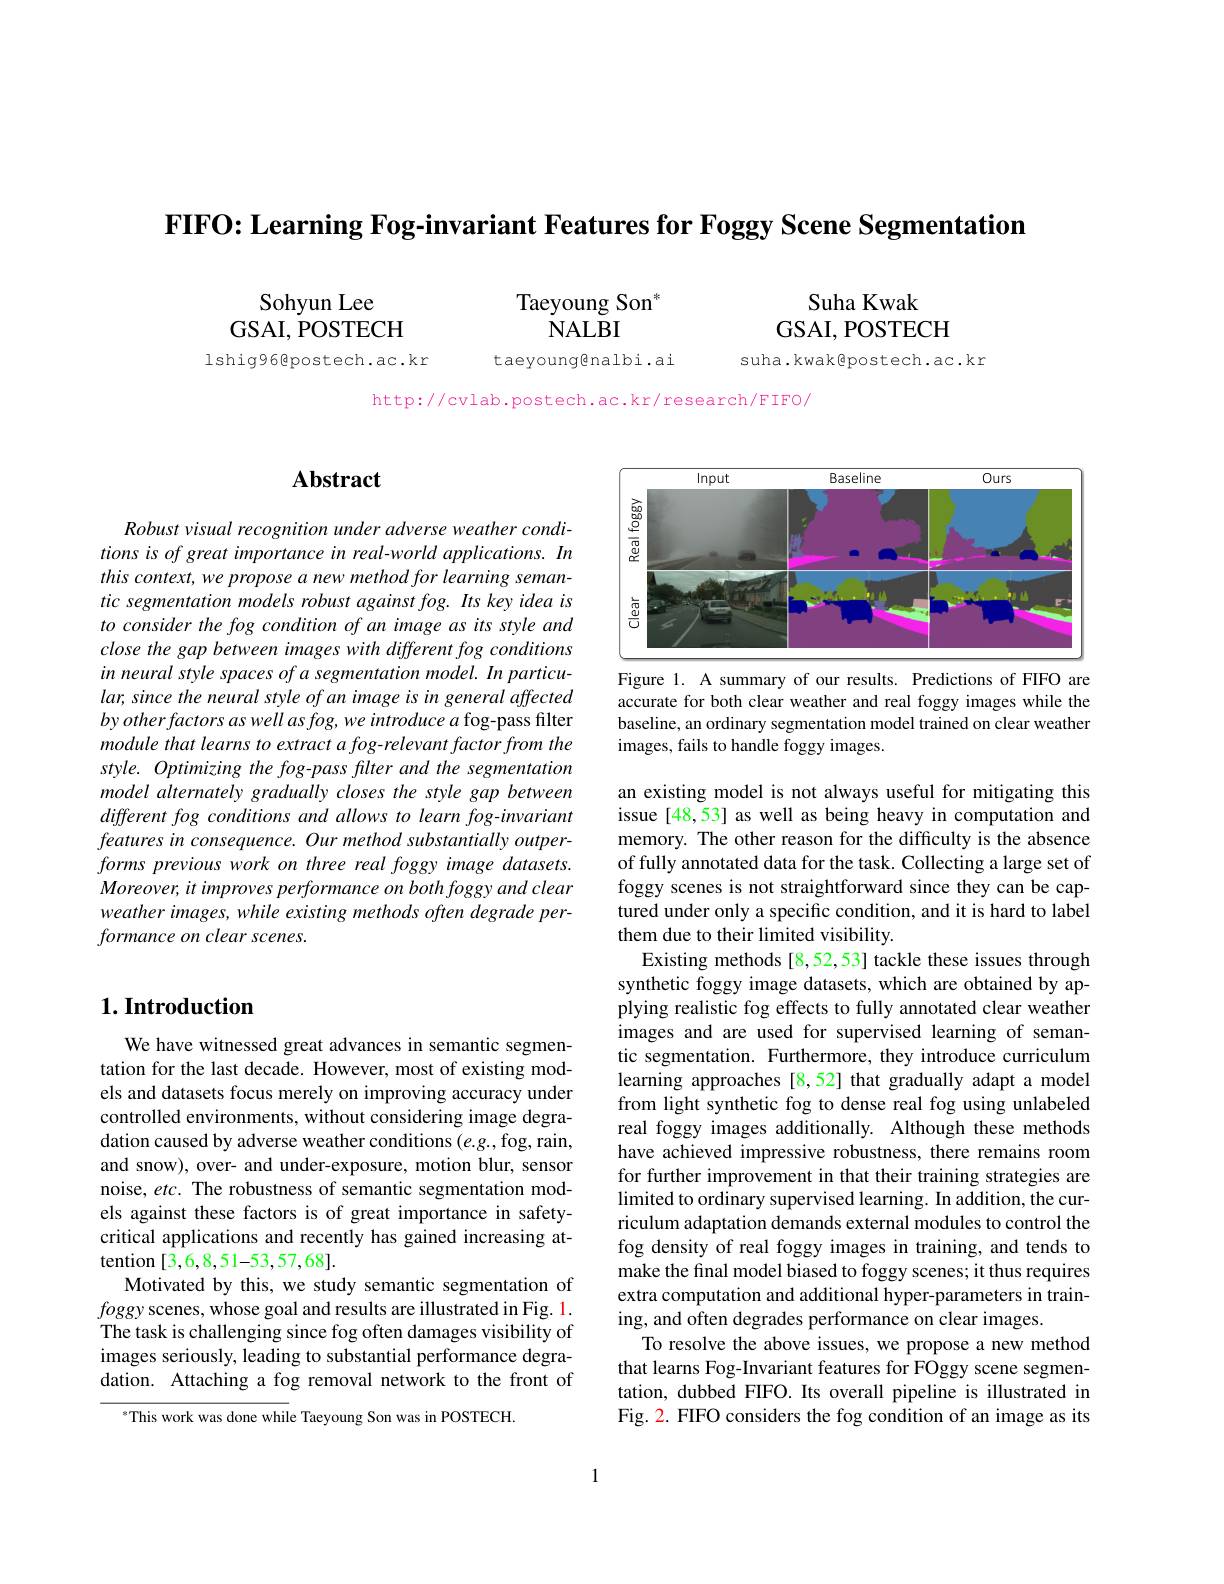
$\textbf{FIFO: Learning Fog- invariant Features for Foggy Scene Segmentation}$

Taeyoung Son$^*$
NALBI

Sohyun Lee
$GSAI,\tilde{P}OSTECH$

Suha Kwak
GSAI, POSTECH

lshig96@postech.ac.kr

taeyoung@nalbi.ai

suha.kwak@postech.ac.kr

http://cvlab.postech.ac.kr/research/FIFO/

## $\mathbf{Abstract}$

Robust visual recognition under adverse weather conditions is of great importance in real-world applications. In this context, we propose a new method for learning semantic segmentation models robust against fog. Its key idea is to consider the fog condition of an image as its style and close the gap between images with different fog conditions in neural style spaces of a segmentation model. In particular, since the neural style of an image is in general affected by other factors as well as fog, we introduce a fog-pass filter module that learns to extract a fog-relevant factor from the style. Optimizing the fog-pass filter and the segmentation model alternately gradually closes the style gap between different fog conditions and allows to learn fog-invariant features in consequence. Our method substantially outperforms previous work on three real foggy image datasets. Moreover, it improves performance on both foggy and clear weather images, while existing methods often degrade performance on clear scenes.

## $1. \textbf{Introduction}$

We have witnessed great advances in semantic segmentation for the last decade. However, most of existing models and datasets focus merely on improving accuracy under controlled environments, without considering image degradation caused by adverse weather conditions $( e. g. $,fog,rain, and snow), over- and under-exposure, motion blur, sensor noise, etc. The robustness of semantic segmentation models against these factors is of great importance in safetycritical applications and recently has gained increasing attention [3,6,8,51-53,57,68].
Motivated by this, we study semantic segmentation of foggy scenes, whose goal and results are illustrated in Fig. 1. The task is challenging since fog often damages visibility of images seriously, leading to substantial performance degradation. Attaching a fog removal network to the front of

$^{*}$This work was done while Taeyoung Son was in POSTECH.

<FigureHere>
Figure 1. A summary of our results. Predictions of FIFO are

accurate for both clear weather and real foggy images while the baseline, an ordinary segmentation model trained on clear weather images, fails to handle foggy images.

an existing model is not always useful for mitigating this issue [48,53] as well as being heavy in computation and memory. The other reason for the difficulty is the absence of fully annotated data for the task. Collecting a large set of foggy scenes is not straightforward since they can be captured under only a specific condition, and it is hard to label them due to their limited visibility.
Existing methods [8,52,53] tackle these issues through synthetic foggy image datasets, which are obtained by applying realistic fog effects to fully annotated clear weather images and are used for supervised learning of semantic segmentation. Furthermore, they introduce curriculum learning approaches [8,52] that gradually adapt a model from light synthetic fog to dense real fog using unlabeled real foggy images additionally. Although these methods have achieved impressive robustness, there remains room for further improvement in that their training strategies are limited to ordinary supervised learning. In addition, the curriculum adaptation demands external modules to control the fog density of real foggy images in training, and tends to make the final model biased to foggy scenes; it thus requires extra computation and additional hyper-parameters in training, and often degrades performance on clear images.
To resolve the above issues, we propose a new method that learns Fog-Invariant features for FOggy scene segmentation, dubbed FIFO. Its overall pipeline is illustrated in Fig. 2. FIFO considers the fog condition of an image as its

1